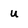
Character: u